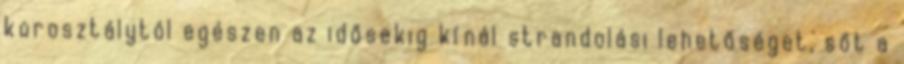
korosztálytól egészen az idősekig kínál strandolási lehetőséget, sőt a